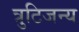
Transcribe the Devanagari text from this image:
त्रुटिजन्य